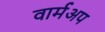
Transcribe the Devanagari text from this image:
वार्मअप